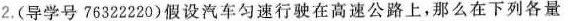
2.(导学号76322220)假设汽车匀速行驶在高速公路上，那么在下列各量